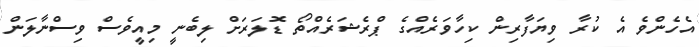
އެހެންވެ އެ ކުރާ ވިޔަފާރިން ކިހާވަރެއްގެ ޕްރެޝަރެއްތޯ ޑޮލަރަށް ލިބެނީ މިއީވެސް ވިސްނާލަން